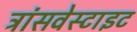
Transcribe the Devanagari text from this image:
ट्रांसवेस्टाइट